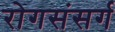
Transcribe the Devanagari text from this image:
रोगसंसर्ग